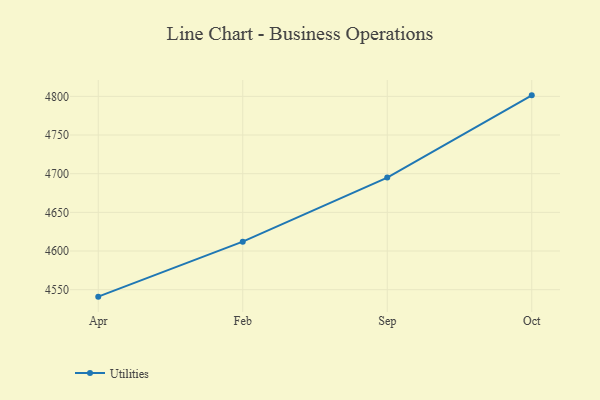
{"axis": {"x": "Month", "y": "Operating Costs (USD K)"}, "legend": ["Utilities"], "data": [{"x": "Apr", "y": 4541.0, "type": "Utilities"}, {"x": "Feb", "y": 4612.1, "type": "Utilities"}, {"x": "Sep", "y": 4695.0, "type": "Utilities"}, {"x": "Oct", "y": 4801.3, "type": "Utilities"}]}